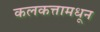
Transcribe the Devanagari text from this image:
कलकत्तामधून